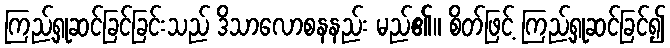
ကြည့်ရှုဆင်ခြင်ခြင်းသည် ဒိသာလောစနနည်း မည်၏။ စိတ်ဖြင့် ကြည့်ရှုဆင်ခြင်၍